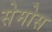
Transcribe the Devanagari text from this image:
सेमोस